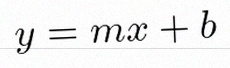
y=mx+b